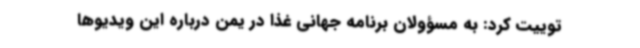
توییت کرد: به مسؤولان برنامه جهانی غذا در یمن درباره این ویدیوها